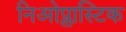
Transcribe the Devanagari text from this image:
निओप्लास्टिक